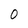
Character: 0